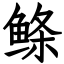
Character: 鲦